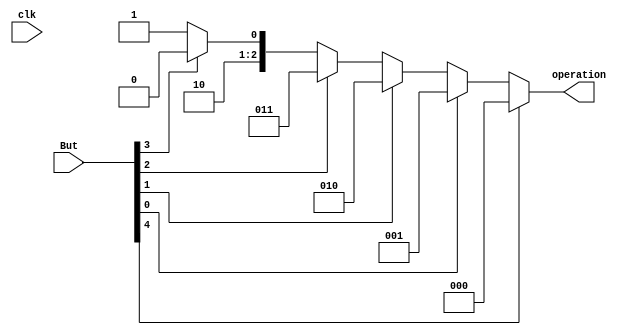
module handleOperationPresses(
input clk,
input [8:4] But,
output [2:0] operation);

assign operation = But[8]?0:But[4]?1:But[5]?2:But[6]?3:But[7]?4: 5;
/*
always@ (But[8:4])
if(But[4])
operation = 0;

else if (But[5])
operation = 1;

else if (But[6])
operation = 2;

else if (But[7])
operation = 3;
else operation= 4;*/


endmodule